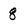
Character: 8